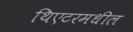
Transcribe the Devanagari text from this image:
थिएटरमधील